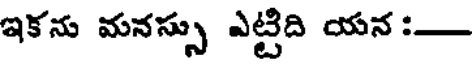
ఇకను మనస్సు ఎట్టిది యన :-